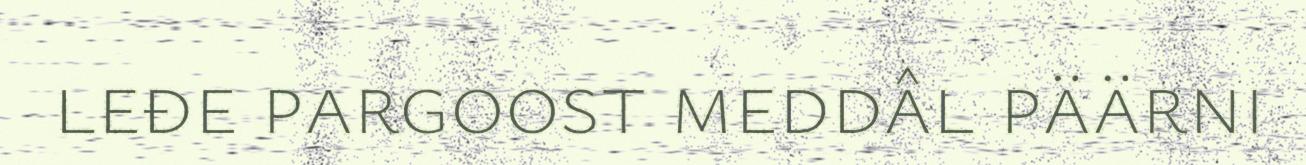
leđe pargoost meddâl päärni